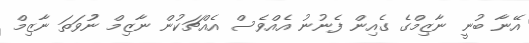
އޭނާ ބުނީ ނާޒިމްގެ ގެއިން ފެނުނު އެއްވެސް އެއްޗަކުން ނާޒިމް ނުުވަތަ ނާޒިމް